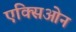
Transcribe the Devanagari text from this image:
एक्सिओन